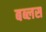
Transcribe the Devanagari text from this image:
बब्लस